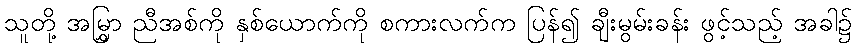
သူတို့ အမြွှာ ညီအစ်ကို နှစ်ယောက်ကို စကားလက်က ပြန်၍ ချီးမွမ်းခန်း ဖွင့်သည့် အခါ၌